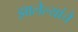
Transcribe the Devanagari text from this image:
झालेल्यांचे